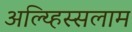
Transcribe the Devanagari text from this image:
अल्य्हिस्सलाम